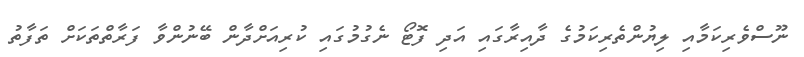
ނޫސްވެރިކަމާއި ލިޔުންތެރިކަމުގެ ދާއިރާގައި އަދި ފޮޓޯ ނެގުމުގައި ކުރިއަށްދާން ބޭނުންވާ ފަރާތްތަކަށް ތަފާތު